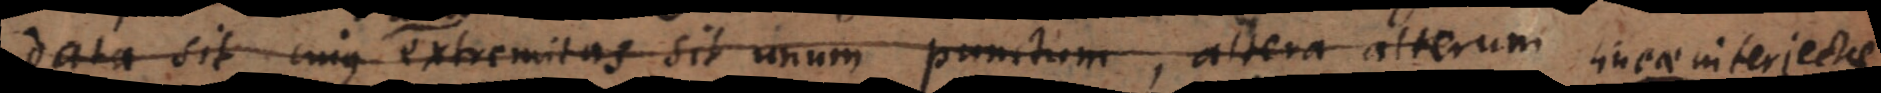
data sit cujus una extremitas sit unum punctum, altera alterum. punct